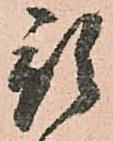
預